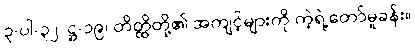
၃-ပါ-၃၂၊ ဋ္ဌ-၁၉၊ တိတ္ထိတို့၏ အကျင့်များကို ကဲ့ရဲ့တော်မူခန်း။